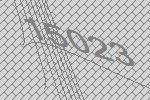
15023